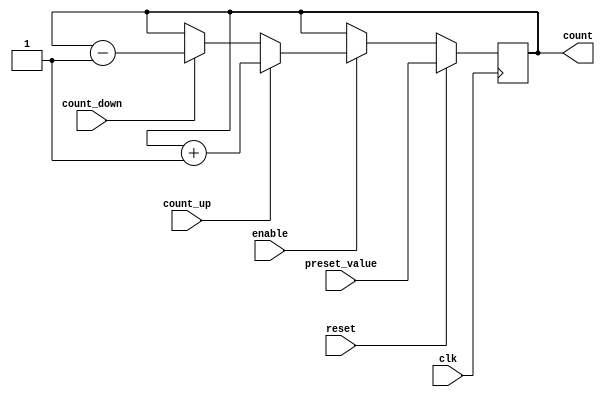
module Counter(
    input wire clk,
    input wire reset,
    input wire enable,
    input wire [7:0] preset_value,
    input wire count_up,
    input wire count_down,
    output reg [7:0] count
);

always @ (posedge clk) begin
    if(reset) begin
        count <= preset_value;
    end else if(enable) begin
        if(count_up) begin
            count <= count + 1;
        end else if(count_down) begin
            count <= count - 1;
        end
    end
end

endmodule